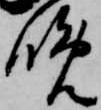
晩